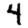
Digit: 4